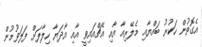
އެގޮތުން ހަކުރު ބައްޔާއި މެލޭރިއާ އާއި އެޗްއައިވީ އާއި އާދަޔާ ހިލާފަށް ފަލަވުމުން